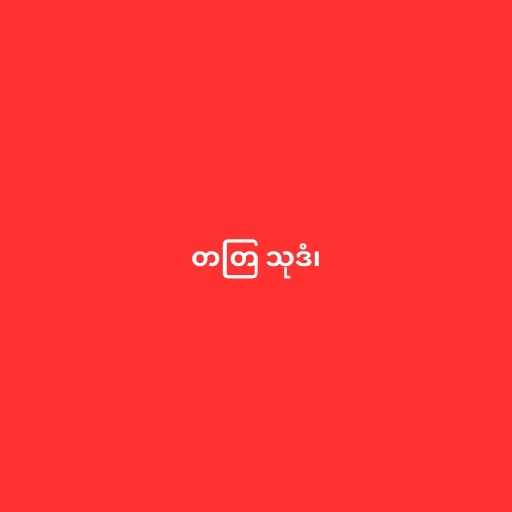
တတြ သုဒံ၊